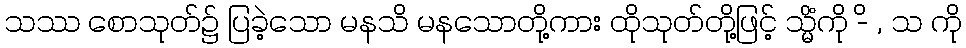
သဿ စောသုတ်၌ ပြခဲ့သော မနသိ မနသောတို့ကား ထိုသုတ်တို့ဖြင့် သ္မိံကို -ိ , သ ကို